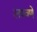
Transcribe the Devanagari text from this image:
लपवणे